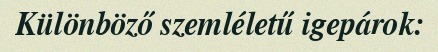
Különböző szemléletű igepárok: